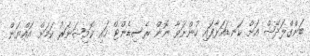
ބަންގްލަދޭޝް އަށް ކަނޑައަޅާފައި ހުންނަވާ ނޮން ރެސިޑެންޓް ހައި ކޮމިޝަނަރު ކަމަށް އައްޔަން